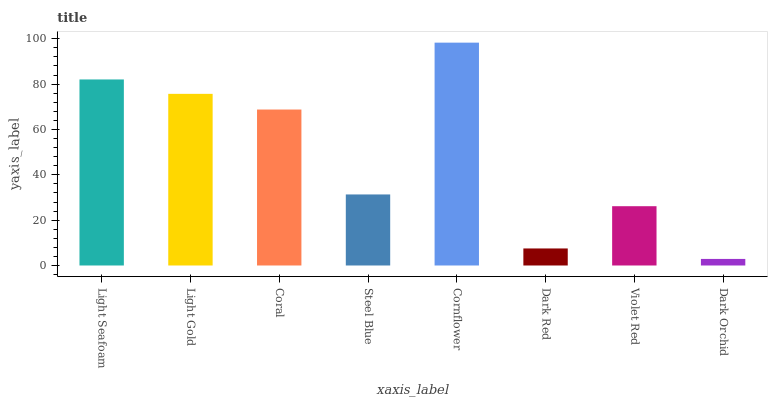
| xaxis_label | bars |
 | --- | --- |
 | Light Seafoam | 82 |
 | Light Gold | 75.7 |
 | Coral | 68.8 |
 | Steel Blue | 31.3 |
 | Cornflower | 98.3 |
 | Dark Red | 7.52 |
 | Violet Red | 26.2 |
 | Dark Orchid | 2.9 |